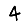
Digit: 4